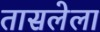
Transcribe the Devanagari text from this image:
तासलेला